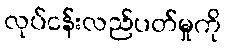
လုပ်ငန်းလည်ပတ်မှုကို